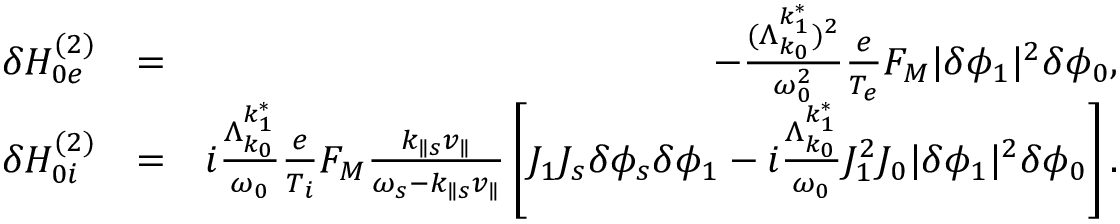
\begin{array} { r l r } { \delta H _ { 0 e } ^ { ( 2 ) } } & { = } & { - \frac { ( \Lambda _ { k _ { 0 } } ^ { k _ { 1 } ^ { * } } ) ^ { 2 } } { \omega _ { 0 } ^ { 2 } } \frac { e } { T _ { e } } F _ { M } \lvert \delta \phi _ { 1 } \rvert ^ { 2 } \delta \phi _ { 0 } , } \\ { \delta H _ { 0 i } ^ { ( 2 ) } } & { = } & { i \frac { \Lambda _ { k _ { 0 } } ^ { k _ { 1 } ^ { * } } } { \omega _ { 0 } } \frac { e } { T _ { i } } F _ { M } \frac { k _ { \parallel s } v _ { \parallel } } { \omega _ { s } - k _ { \parallel s } v _ { \parallel } } \left[ J _ { 1 } J _ { s } \delta \phi _ { s } \delta \phi _ { 1 } - i \frac { \Lambda _ { k _ { 0 } } ^ { k _ { 1 } ^ { * } } } { \omega _ { 0 } } J _ { 1 } ^ { 2 } J _ { 0 } \lvert \delta \phi _ { 1 } \rvert ^ { 2 } \delta \phi _ { 0 } \right] . } \end{array}